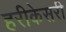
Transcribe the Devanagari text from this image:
हरीकेसरी